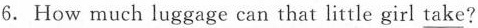
6.How much luggage can that little girl \underline{take}?